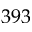
3 9 3